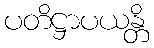
ပတိဋ္ဌာပယန္တိ